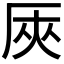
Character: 𠩘